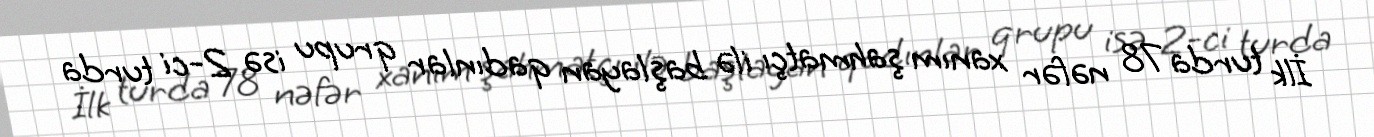
İlk turda 78 nəfər xanım şahmatçı ilə başlayan qadınlar qrupu isə 2-ci turda